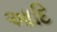
આદિ